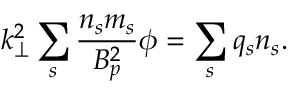
k _ { \perp } ^ { 2 } \sum _ { s } \frac { n _ { s } m _ { s } } { B _ { p } ^ { 2 } } \phi = \sum _ { s } q _ { s } n _ { s } .